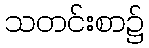
သတင်းစာ၌